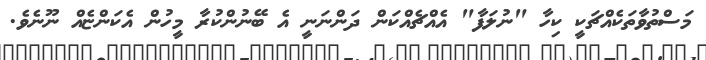
މަސްތުވާތަކެއްޗަކީ ކިހާ "ނުލަފާ" އެއްޗެއްކަން ދަންނަނީ އެ ބޭނުންކުރާ މީހުން އެކަންޏެއް ނޫނެވެ.